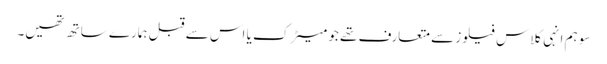
سو ہم انہی کلاس فیلوز سے متعارف تھے جو میٹرک یا اس سے قبل ہمارے ساتھ تھیں۔